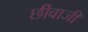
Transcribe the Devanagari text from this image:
छीवाजी